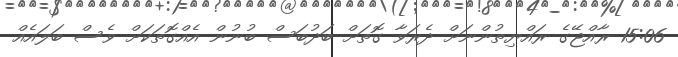
15:06 ރާއްޖޭގެ ރައްޔިތުންނަށް ދެރަވާ ގޮތަށް ބަދުބަސް ބުނުން އެއްގޮތަކަށް ވެސް ބަލައެއް